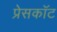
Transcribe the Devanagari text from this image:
प्रेसकॉट